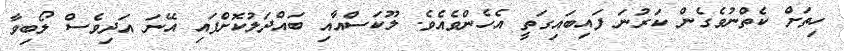
ހިތަށް ކެތްނުވެގެން ކަރުނަ ފައިބައިގަތީ އެހެންވެއެވެ. ލޫކަސްއާއި ބައްދަލުކޮށްފައި އޭނަ އަދިވެސް ލޯބިވާ